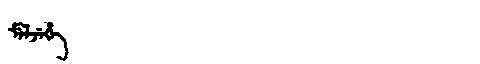
Manchu: ᠮᡝᠯᠵᡝᡥᡝ
Romanization: MELJEHE